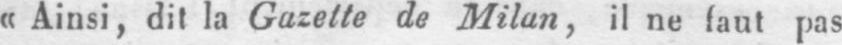
«Ainsi, dit la Gazette de Milan, il ne faut pas